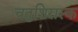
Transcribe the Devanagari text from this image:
चतुशिरास्क